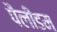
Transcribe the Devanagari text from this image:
पैलीडम